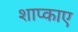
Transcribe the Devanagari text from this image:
शाप्काए